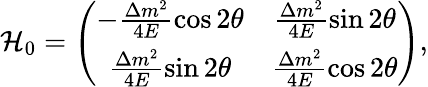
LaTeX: \mathcal{H}_{0}=\left(\begin{array}{cc}{{-\frac{\Delta m^{2}}{4E}\cos 2\theta}}&{{\frac{\Delta m^{2}}{4E}\sin 2\theta}}\\ {{\frac{\Delta m^{2}}{4E}\sin 2\theta}}&{{\frac{\Delta m^{2}}{4E}\cos 2\theta}}\end{array}\right),